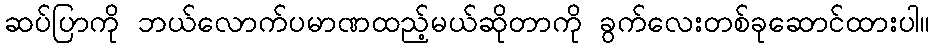
ဆပ်ပြာကို ဘယ်လောက်ပမာဏထည့်မယ်ဆိုတာကို ခွက်လေးတစ်ခုဆောင်ထားပါ။